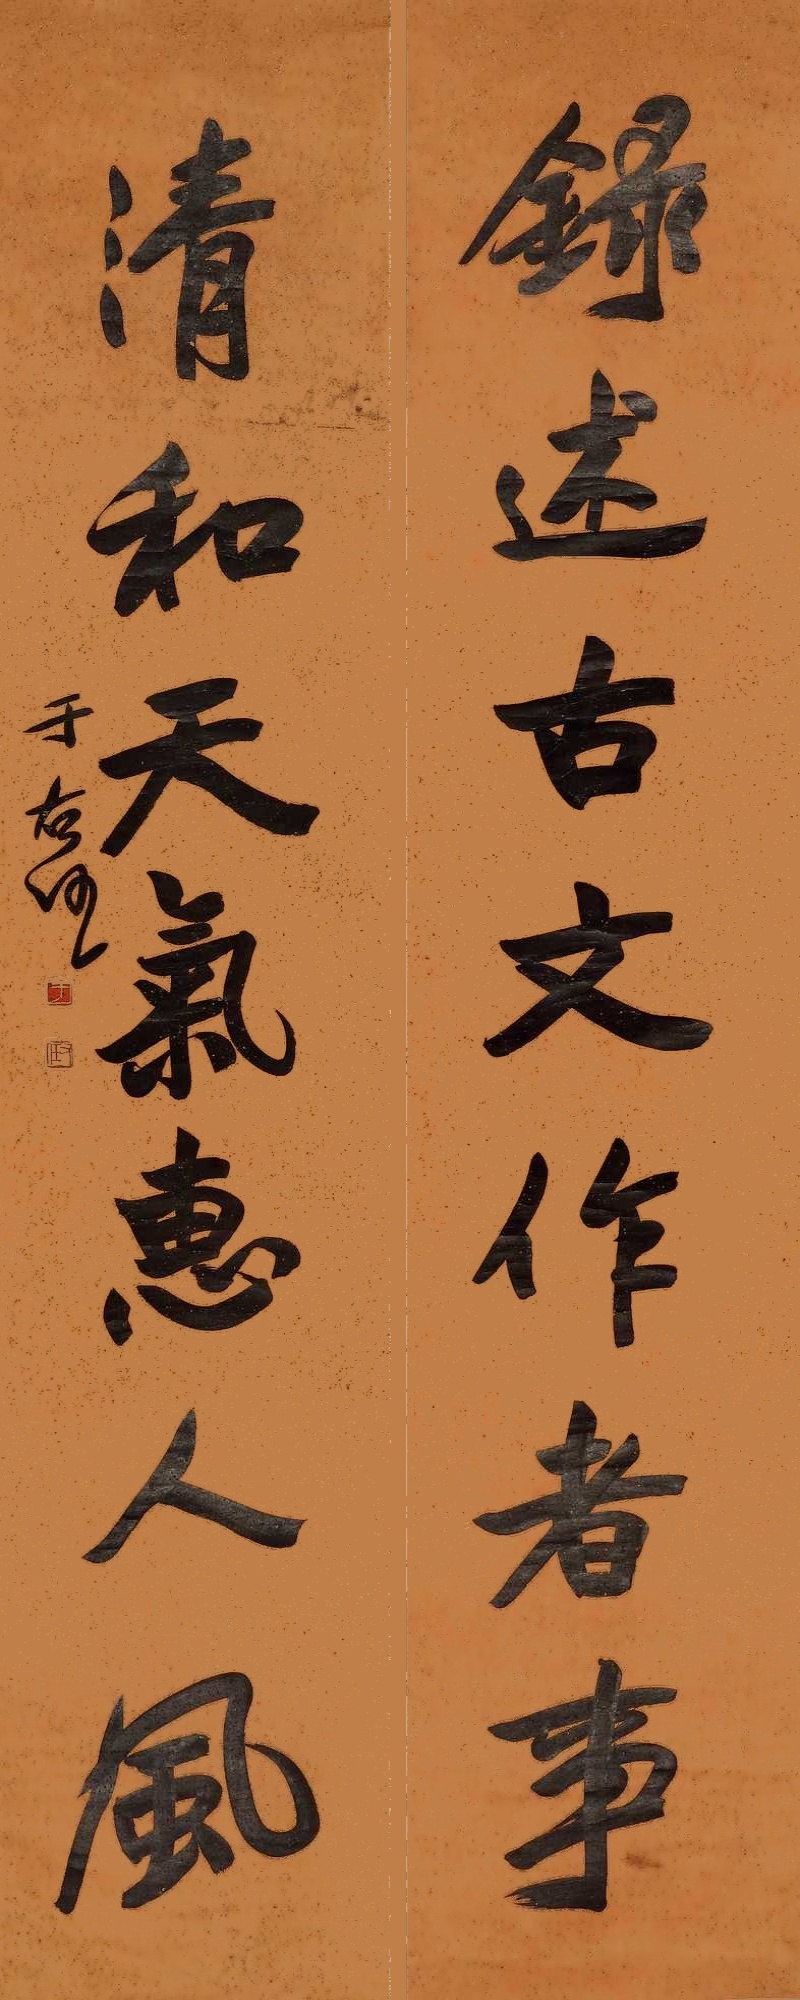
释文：录述古文作者事，清和天气惠人风。于右任。